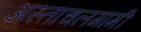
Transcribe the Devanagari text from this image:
अस्ताचलगामी